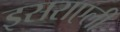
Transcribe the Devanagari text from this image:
इसराएली